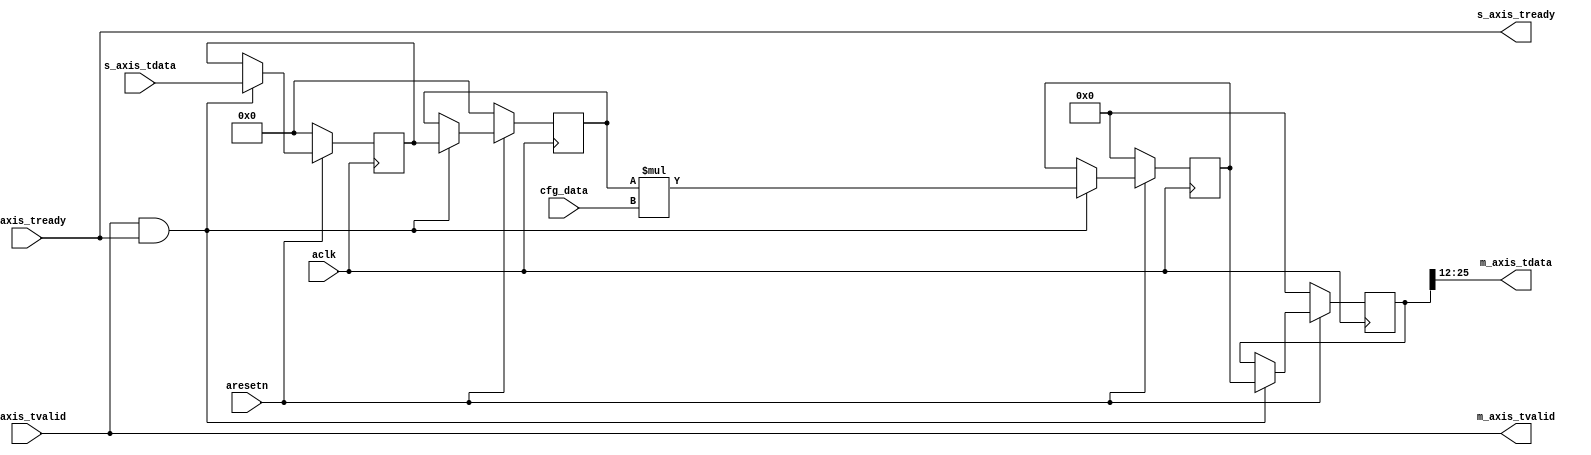
module axis_scaler #
(
  parameter integer AXIS_TDATA_WIDTH = 14
)
(
  // System signals
  input  wire                        aclk,
  input  wire                        aresetn,

  input  wire signed  [AXIS_TDATA_WIDTH-1:0]   cfg_data,

    // Slave side
  input wire signed [AXIS_TDATA_WIDTH-1:0] s_axis_tdata,
  input wire                        s_axis_tvalid,
  output wire                       s_axis_tready,

    // Master side
  input  wire                        m_axis_tready,
  output wire signed [AXIS_TDATA_WIDTH-1:0] m_axis_tdata,
  output wire                        m_axis_tvalid

);
 

reg signed [AXIS_TDATA_WIDTH-1:0] s_axis_tdata_reg,s_axis_tdata_next;

reg [AXIS_TDATA_WIDTH*2-1:0] int_data_reg, int_data_next;


wire multiply = s_axis_tvalid & m_axis_tready;

always @(posedge aclk)
	begin
		if(~aresetn)
      			begin
				s_axis_tdata_reg <= 0;
				s_axis_tdata_next <= 0;
        			int_data_reg <= 0;
        			int_data_next <= 0;
      			end
    		else
    			begin
     				if(multiply)
					begin
						s_axis_tdata_reg <= s_axis_tdata;
						s_axis_tdata_next <= s_axis_tdata_reg;
 						int_data_reg <= s_axis_tdata_next*cfg_data;
        					int_data_next <= int_data_reg; 
    					end
			end
	end
assign s_axis_tready = m_axis_tready;
assign m_axis_tvalid = s_axis_tvalid;

//scales down relative to 2^(AXIS_TDATA_WIDTH-2), e.g. cfg=4096  for 14 bit equals scale of 1

assign m_axis_tdata = int_data_next[AXIS_TDATA_WIDTH*2-3:AXIS_TDATA_WIDTH-2];

endmodule